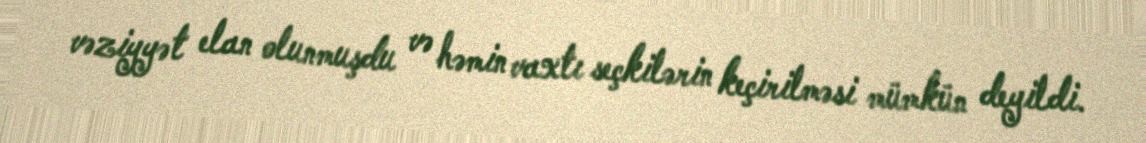
vəziyyət elan olunmuşdu və həmin vaxtı seçkilərin keçirilməsi mümkün deyildi.